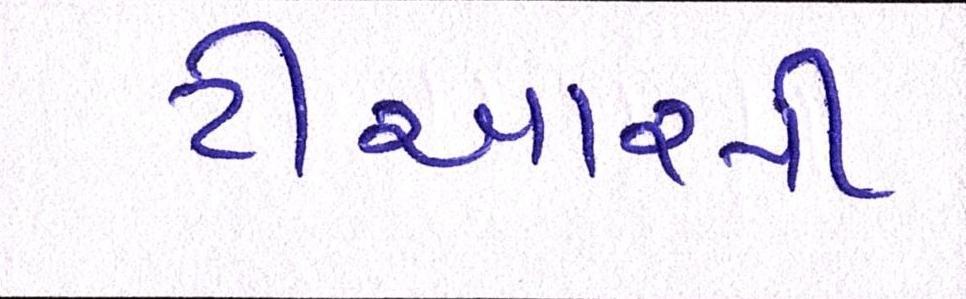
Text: ટીઆરપી